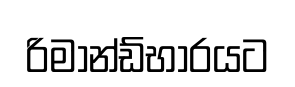
රිමාන්ඩ්භාරයට